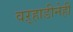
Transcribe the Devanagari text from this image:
वऱ्हाडीनेही